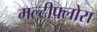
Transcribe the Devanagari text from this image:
मल्टीफ्लोरा